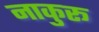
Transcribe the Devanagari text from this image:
नाकुरू